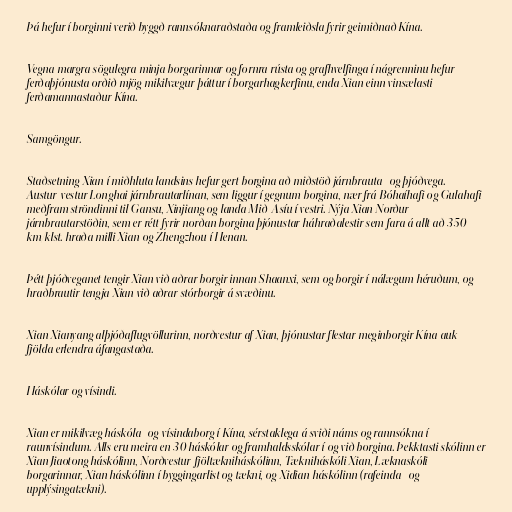
Þá hefur í borginni verið byggð rannsóknaraðstaða og framleiðsla fyrir geimiðnað Kína.

Vegna margra sögulegra minja borgarinnar og fornra rústa og grafhvelfinga í nágrenninu hefur
ferðaþjónusta orðið mjög mikilvægur þáttur í borgarhagkerfinu, enda Xian einn vinsælasti
ferðamannastaður Kína.

Samgöngur.

Staðsetning Xian í miðhluta landsins hefur gert borgina að miðstöð járnbrauta- og þjóðvega.
Austur-vestur Longhai járnbrautarlínan, sem liggur í gegnum borgina, nær frá Bóhaíhafi og Gulahafi
meðfram ströndinni til Gansu, Xinjiang og landa Mið-Asíu í vestri. Nýja Xian Norður
járnbrautarstöðin, sem er rétt fyrir norðan borgina þjónustar háhraðalestir sem fara á allt að 350
km/klst. hraða milli Xian og Zhengzhou í Henan.

Þétt þjóðveganet tengir Xian við aðrar borgir innan Shaanxi, sem og borgir í nálægum héruðum, og
hraðbrautir tengja Xian við aðrar stórborgir á svæðinu.

Xian Xianyang alþjóðaflugvöllurinn, norðvestur af Xian, þjónustar flestar meginborgir Kína auk
fjölda erlendra áfangastaða.

Háskólar og vísindi.

Xian er mikilvæg háskóla- og vísindaborg í Kína, sérstaklega á sviði náms og rannsókna í
raunvísindum. Alls eru meira en 30 háskólar og framhaldsskólar í og við borgina. Þekktasti skólinn er
Xian Jiaotong háskólinn, Norðvestur-fjöltækniháskólinn, Tækniháskóli Xian, Læknaskóli
borgarinnar, Xian háskólinn í byggingarlist og tækni, og Xidian háskólinn (rafeinda- og
upplýsingatækni).